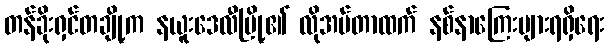
တန်ခိုးရှင်တချို့က နယူးဒေလီမြို့၏ လိုအပ်တာထက် နစ်နာကြေးများရရှိရေး